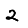
Digit: 2